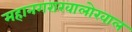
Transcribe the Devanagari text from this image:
महानगराखालोखाल